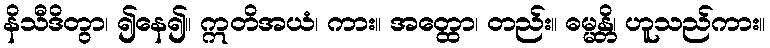
နိသီဒိတွာ၊ ၍နေ၍။ ဣတိအယံ၊ ကား။ အတ္ထော၊ တည်း။ ဓမ္မန္တိ၊ ဟူသည်ကား။